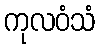
ကုလဝံသံ